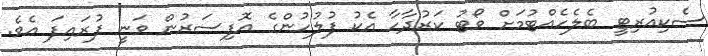
ސެކިއުރިޓީ ބެލެހެއްޓުމަށް ވޯޓު ކަރުދާހާ އެކު ފުލުހުންގެ އޮފިސަރުން ވަނީ ފުރައިފަ އެވެ.